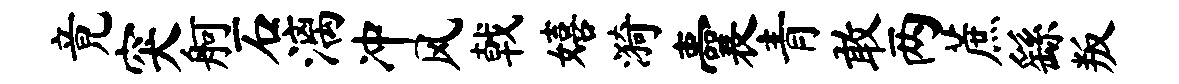
竟突舸石漓冲风戟嬉漪囊青敢两蔗繇叛